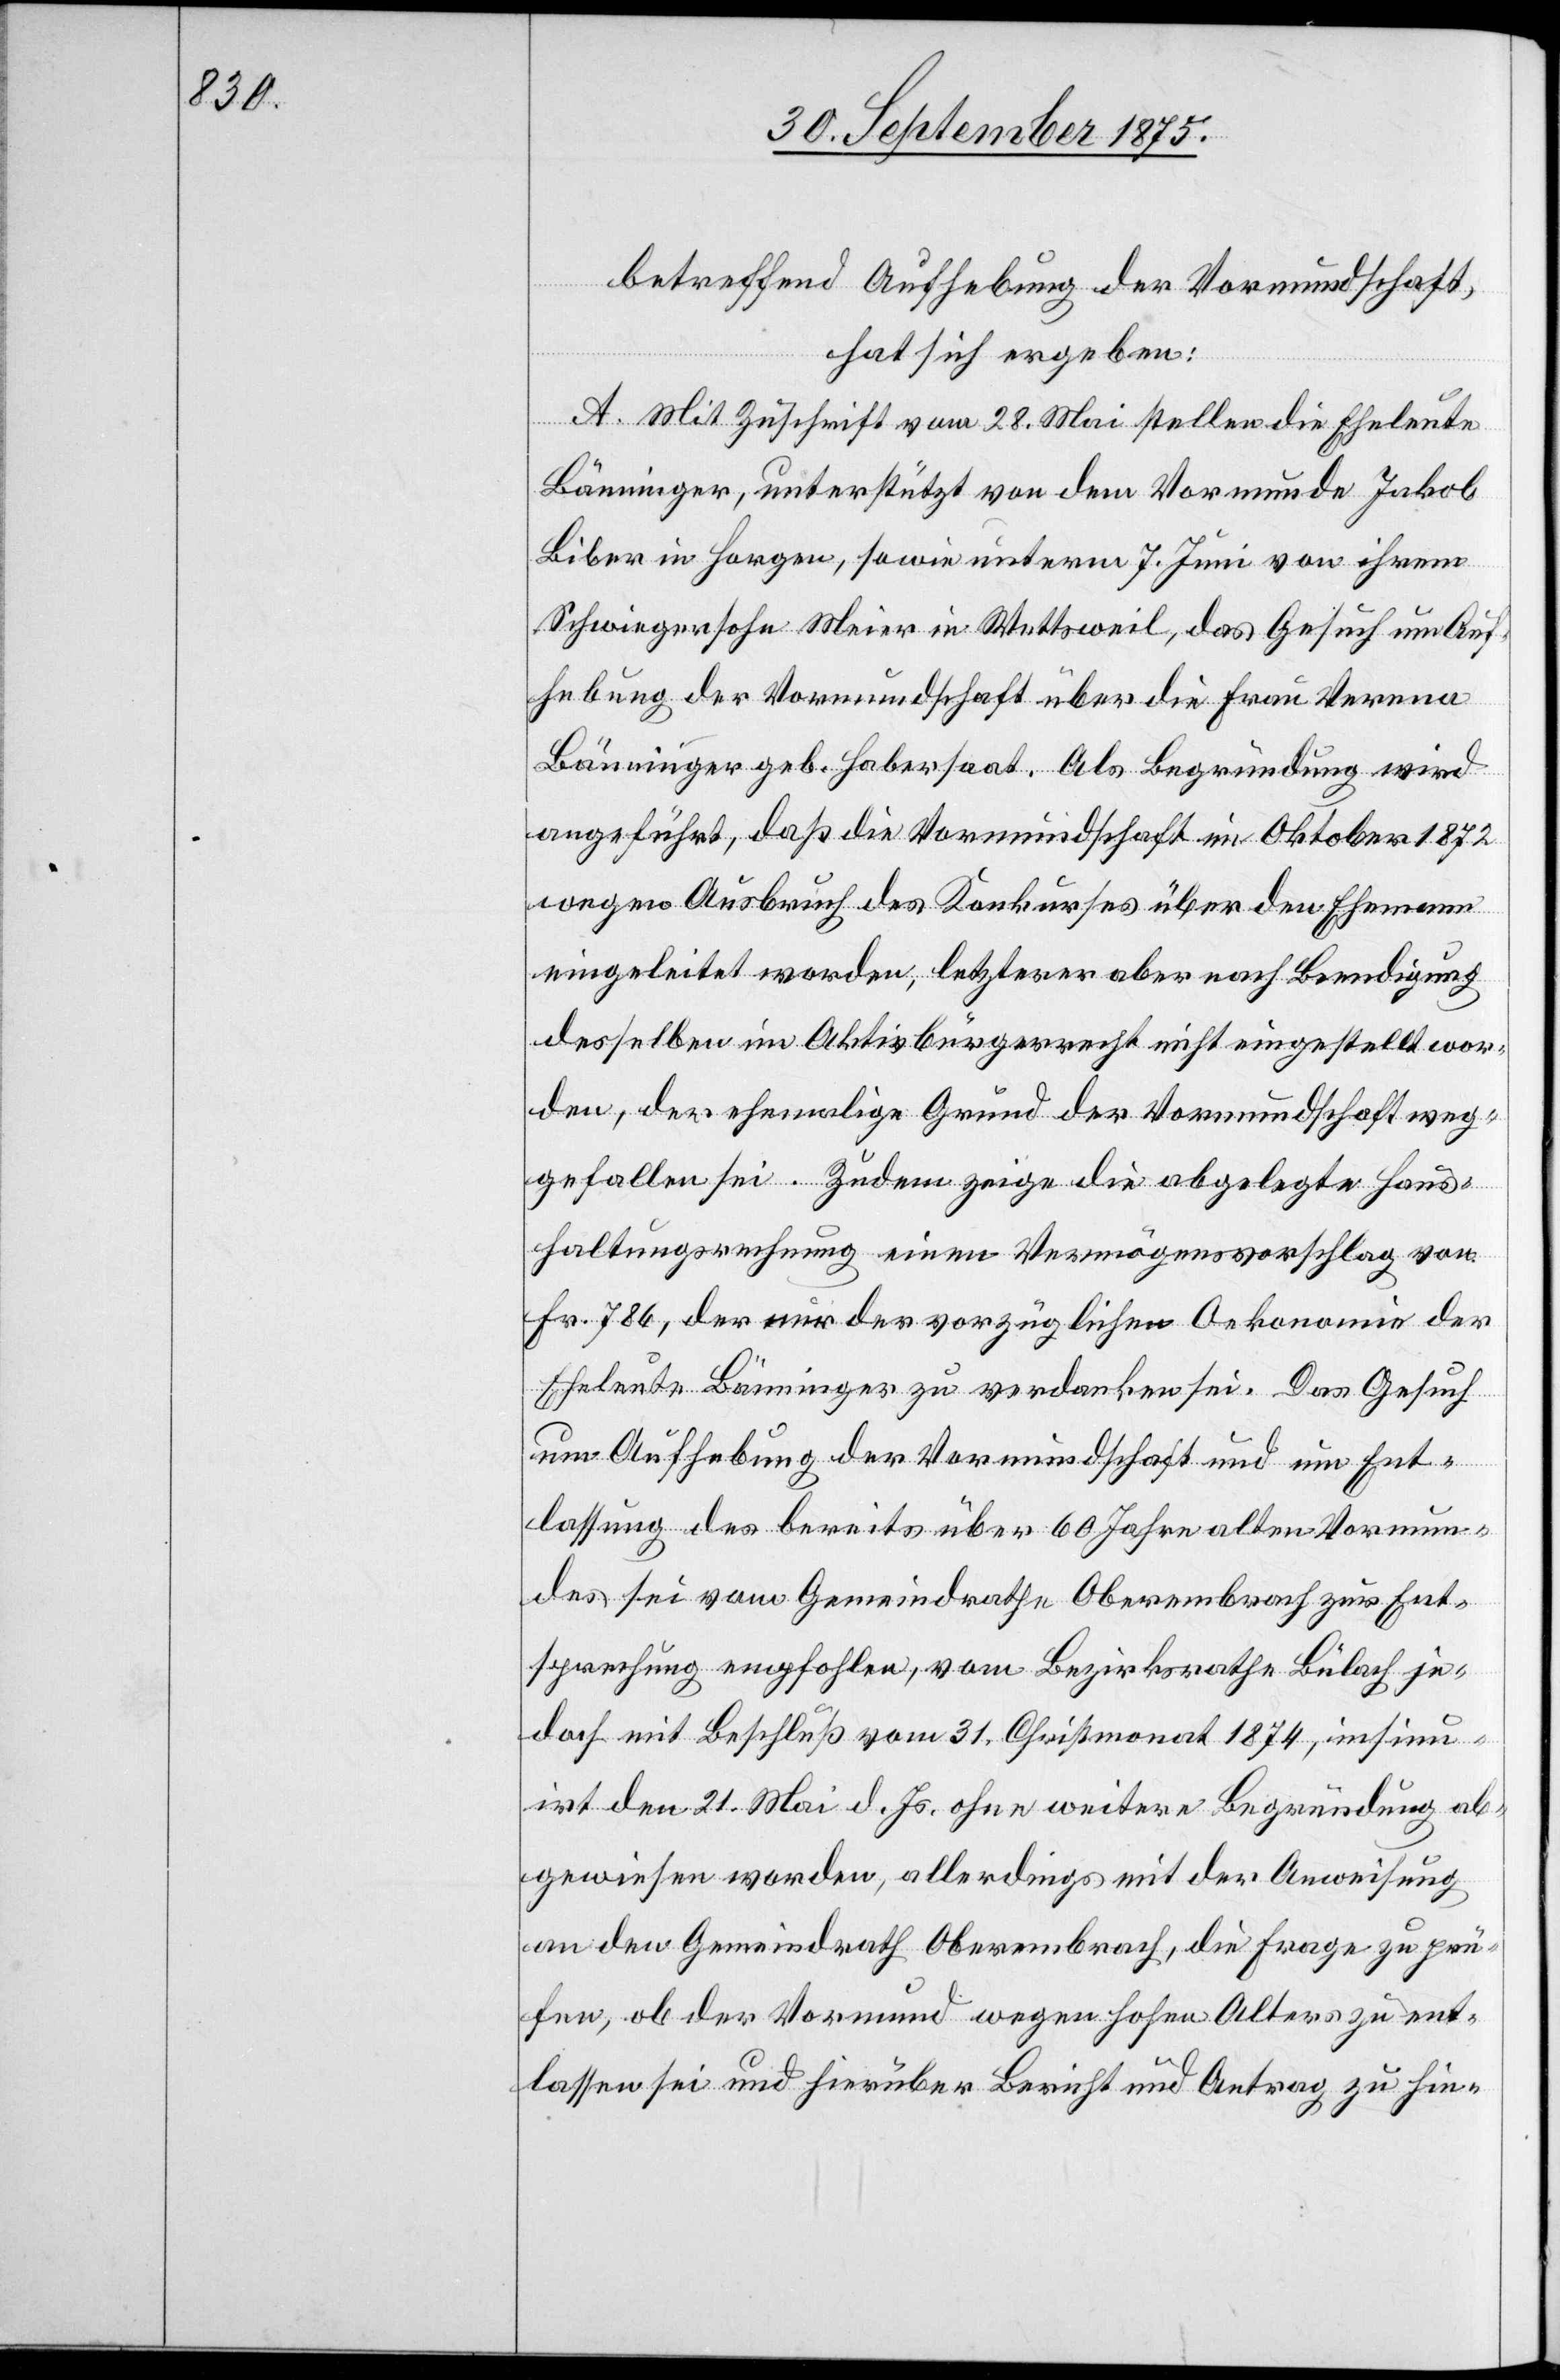
betreffend Aufhebung der Vormundschaft,
hat sich ergeben:
A. Mit Zuschrift vom 28. Mai stellen die Eheleute
Bänninger, unterstützt von dem Vormunde Jakob
Biber in Horgen, sowie unterm 7. Juni von ihrem
Schwiegersohn Meier in Wettsweil, das Gesuch um Auf¬
hebung der Vormundschaft über die Frau Verena
Bänninger geb. Habersaat. Als Begründung wird
angeführt, daß die Vormundschaft im Oktober 1872
wegen Ausbruch des Konkurses über den Ehemann
eingeleitet worden, letzterer aber nach Beendigung
desselben im Aktivbürgerrecht nicht eingestellt wor¬
den, der ehemalige Grund der Vormundschaft weg¬
gefallen sei. Zudem zeige die abgelegte Haus¬
haltungsrechnung einen Vermögensvorschlag von
Fr. 786, der nur der vorzüglichen Oekonomie der
Eheleute Bänninger zu verdanken sei. Das Gesuch
um Aufhebung der Vormundschaft und um Ent¬
lassung des bereits über 60 Jahre alten Vormun¬
des sei vom Gemeindrathe Oberembrach zur Ent¬
sprechung empfohlen, vom Bezirksrathe Bülach je¬
doch mit Beschluß vom 31. Christmonat 1874, insinu¬
irt den 21. Mai d. Js. ohne weitere Begründung ab¬
gewiesen worden, allerdings mit der Anweisung
an den Gemeindrath Oberembrach, die Frage zu prü¬
fen, ob der Vormund wegen hohen Alters zu ent¬
lassen sei und hierüber Bericht und Antrag zu hin-